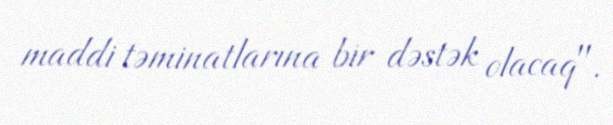
maddi təminatlarına bir dəstək olacaq".